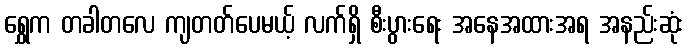
ရွှေက တခါတလေ ကျတတ်ပေမယ့် လက်ရှိ စီးပွားရေး အနေအထားအရ အနည်းဆုံး